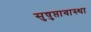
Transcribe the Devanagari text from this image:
सुषुप्तावास्था